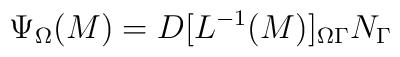
\Psi_\Omega (M) = D[L^{-1}(M)]_{\Omega \Gamma} N_\Gamma